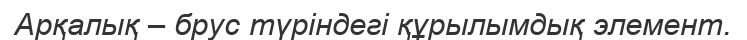
Арқалық – брус түріндегі құрылымдық элемент.